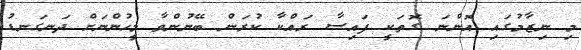
މި ނިޒާމުގައި އޮންނަ ގޮތަކީ ފައިސާ ރައްކާ ކުރަން ބޭނުންވާ މީހުންނަށް ދަނގަނޑު